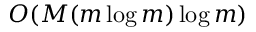
O ( M ( m \log m ) \log m )